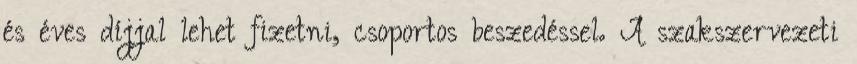
és éves díjjal lehet fizetni, csoportos beszedéssel. A szakszervezeti